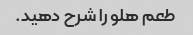
طعم هلو را شرح دهید.